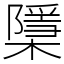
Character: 檃